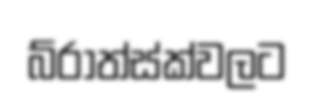
බ්රාත්ස්ක්වලට